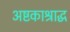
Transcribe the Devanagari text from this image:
अष्टकाश्राद्ध